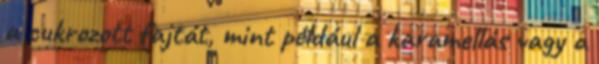
a cukrozott fajtát, mint például a karamellás vagy a